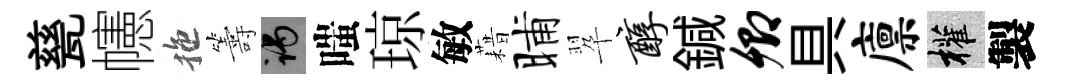
甆幰拖籌谒嗤琼敏藉晡翆醇鍼卿具廪權製